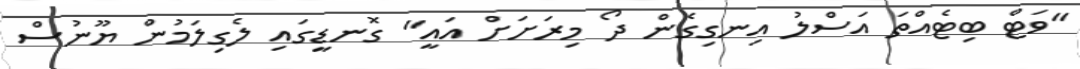
"ވަޓް ބިޓެއްތަ އަސްލު އިނގިގެން ދޯ މިރަށަށް އައީ" ގޮނޑީގައި ލެގިލަމުން ޔޫނުސް